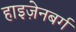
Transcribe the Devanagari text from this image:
हाइज़ेनबर्ग